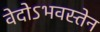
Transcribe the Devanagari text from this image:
वेदोऽभवस्तेन